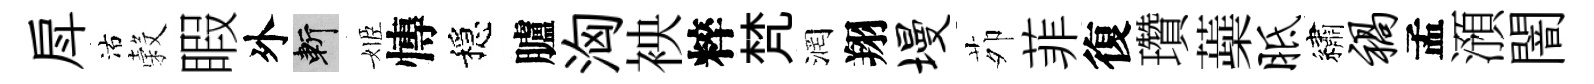
戽沽穀睱外斬姬慱穩臚洶䘧粹梵润翔墁茆菲復瓚蘃胝繡祸孟澦闇